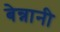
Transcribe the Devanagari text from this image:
बेन्नानी